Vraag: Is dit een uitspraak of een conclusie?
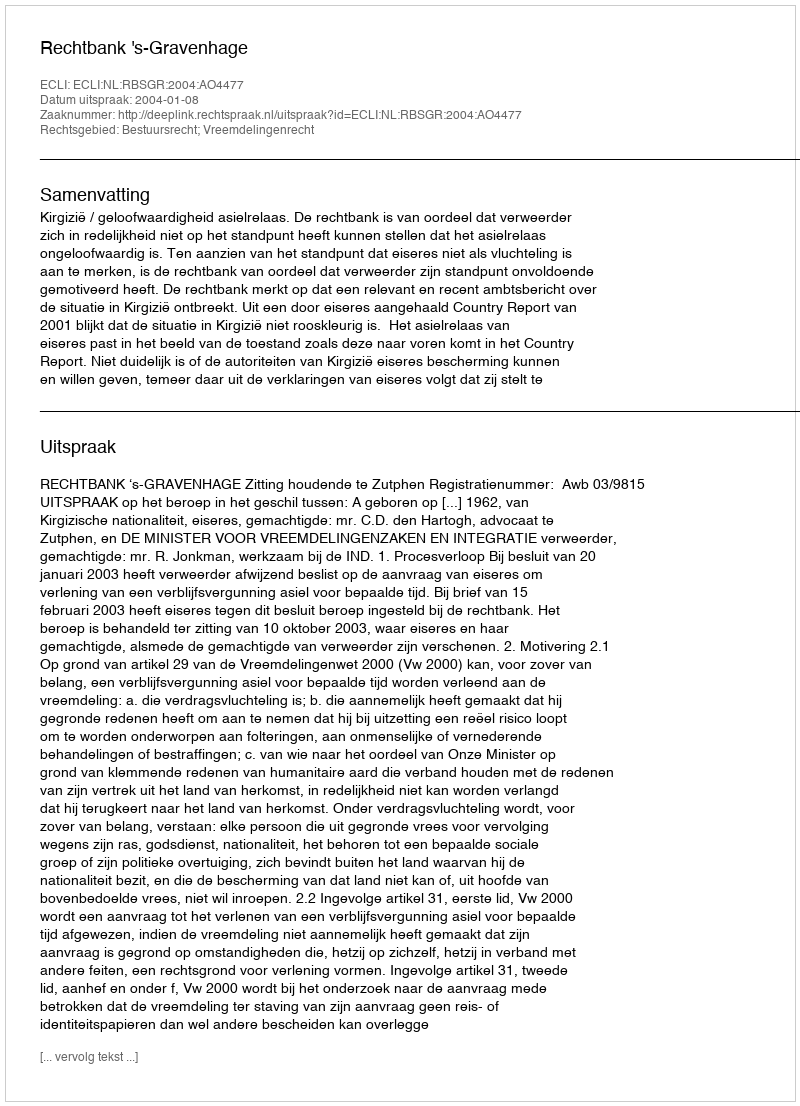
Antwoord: Uitspraak